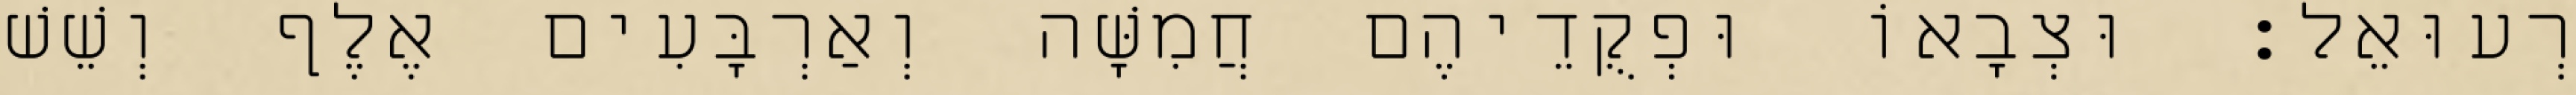
רְעוּאֵל׃ וּצְבָאוֹ וּפְקֻדֵיהֶם חֲמִשָּׁה וְאַרְבָּעִים אֶלֶף וְשֵׁשׁ